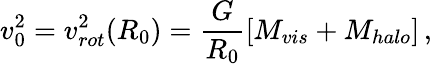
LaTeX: v_{0}^{2}=v_{rot}^{2}(R_{0})=\frac{G}{R_{0}}[M_{vis}+M_{halo}]\, ,